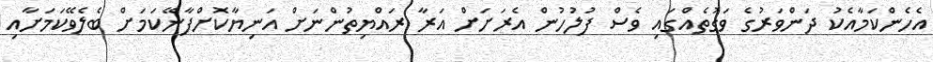
އެހެންކަމާއެކު ދަންވަރުގެ ވަގުތެއްގައި ވެސް ފުލުހުން އެރަށަށް އަރާ ރައްޔިތުންނަށް އަނިޔާކޮށްފާނޭކަމަށް ބެލެވޭކަމަށާއި